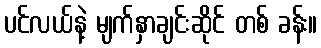
ပင်လယ်နဲ့ မျက်နှာချင်းဆိုင် တစ် ခန်း။